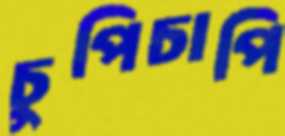
চুপিচাপি